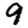
Digit: 9